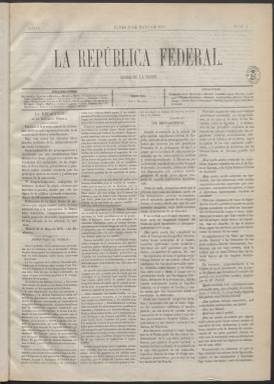
Título: La República federal
Colección: Periódicos
Ámbito geográfico: Madrid
Lugar de publicación: Madrid
Fechas: 23/05/1870-16/08/1870